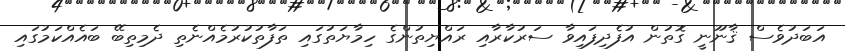
އަބަދުވެސް ޤާނޫނީ ގޮތުން އުފެދިފައިވާ ސަރުކާރާއި ރައްޔިތުންގެ ހިމާޔަތުގައި ތަފާތުކުރުމެއްނެތި ދެމިތިބޭ ބައެއްކަމުގައި